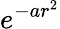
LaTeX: e^{-ar^{2}}